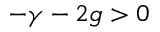
- \gamma - 2 g > 0